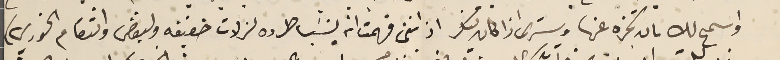
واسمح لك ىان تخبره عنها وسترى اذا كان تنكر اذ اننى فهمت انه ينسَب طرده لزلات خفيفه ولبغض وانتقام الخوري)